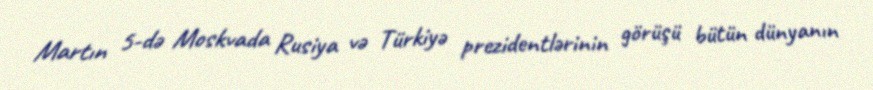
Martın 5-də Moskvada Rusiya və Türkiyə prezidentlərinin görüşü bütün dünyanın